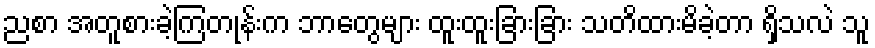
ညစာ အတူစားခဲ့ကြတုန်းက ဘာတွေများ ထူးထူးခြားခြား သတိထားမိခဲ့တာ ရှိသလဲ သူ